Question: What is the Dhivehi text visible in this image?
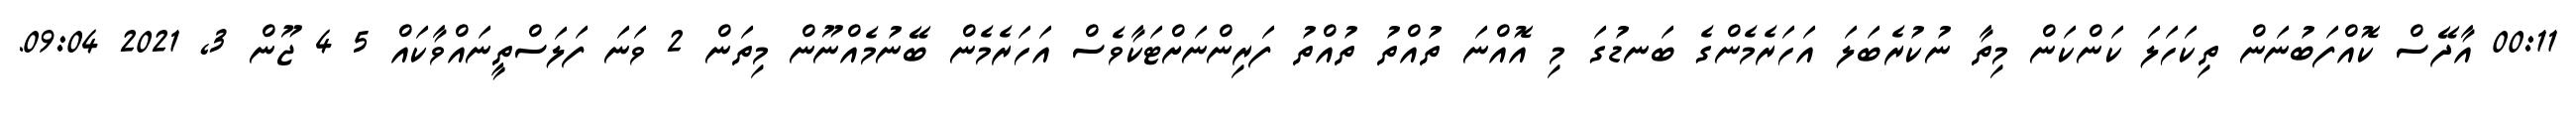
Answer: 00:11 އާދޭސް ކޮއްފަބުނަން ތިކަހަލަ ކަންކަން މިތާ ނުކުރެބަލަ އަހަރެމެންގެ ބަނޑުގަ މި އޮއްނަ ތުއްތު ތުއްތު ފަރިންނަށްޓަކާވެސް އަހަރެމެން ބޭނުމެއްނޫން މިތަން 2 ވަނަ ފަލަސްތީނައްވާކައް 5 4 ޖޫން 3, 2021 09:04.